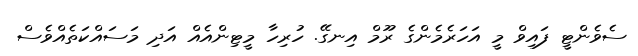
ސެވެންޓީ ފައިވް މީ އަހަރެމެންގެ ރޫމް އިނގޭ. ހުރިހާ މީޓިންއެއް އަދި މަސައްކަތެއްވެސް